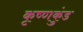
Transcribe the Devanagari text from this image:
कृष्णकुंड